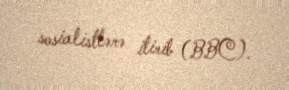
sosialistlərə itirib (BBC).